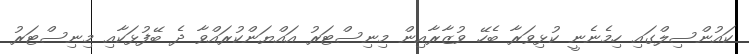
ކައުންސިލްގައި ހިމެނެނީ ކުޅިވަރާ ބެހޭ ވުޒާރާއިން މިނިސްޓަރު އައްޔަންކުރައްވާ ދެ ބޭފުޅަކާއި މިނިސްޓަރު